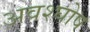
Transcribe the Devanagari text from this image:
अवश्घोष